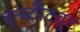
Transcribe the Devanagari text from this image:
इन्स्टीट्युट